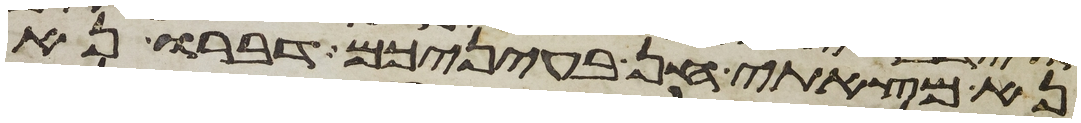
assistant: נא מצאתי חן בעיניכם דברו נא